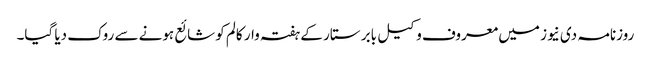
روزنامہ دی نیوز میں معروف وکیل بابر ستار کے ہفتہ وار کالم کو شائع ہونے سے روک دیا گیا۔